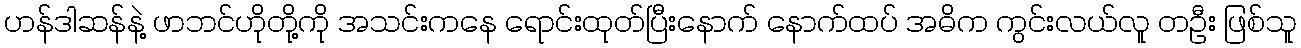
ဟန်ဒါဆန်နဲ့ ဖာဘင်ဟိုတို့ကို အသင်းကနေ ရောင်းထုတ်ပြီးနောက် နောက်ထပ် အဓိက ကွင်းလယ်လူ တဦး ဖြစ်သူ